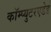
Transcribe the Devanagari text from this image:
कॉम्प्युटरएडेड